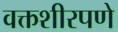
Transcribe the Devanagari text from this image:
वक्तशीरपणे